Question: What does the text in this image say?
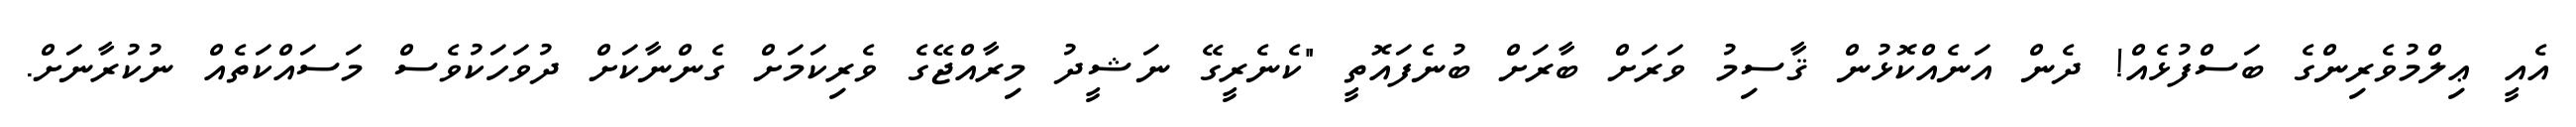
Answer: އެއީ ޢިލްމުވެރިންގެ ބަސްފުޅެއް! ދެން އަނެއްކޮޅުން ޤާސިމު ވަރަށް ބާރަށް ބުނެފައޮތީ "ކެނެރީގޭ ނަޝީދު މިރާއްޖޭގެ ވެރިކަމަށް ގެންނާކަށް ދުވަހަކުވެސް މަސައްކަތެއް ނުކުރާނަށް.